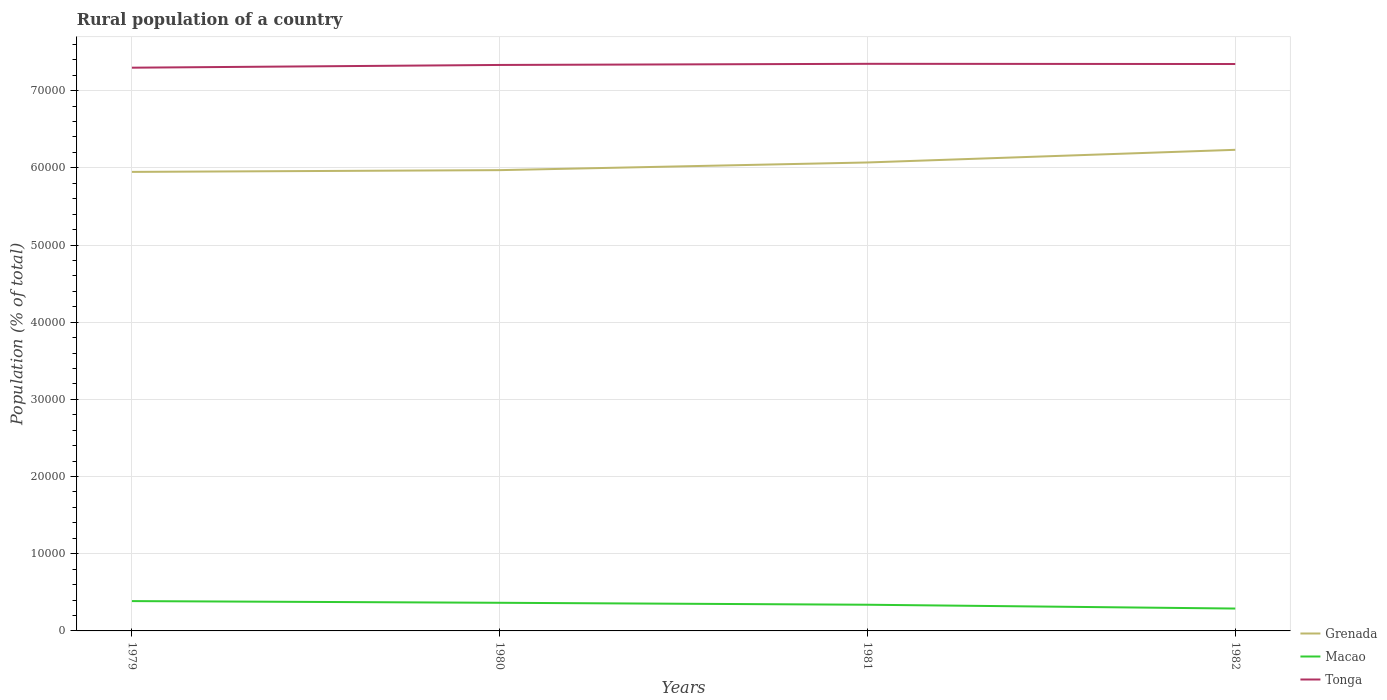
| Years | Grenada | Macao | Tonga |
 | --- | --- | --- | --- |
 | 1979 | 5.95e+04 | 3.86e+03 | 7.3e+04 |
 | 1980 | 5.97e+04 | 3.65e+03 | 7.33e+04 |
 | 1981 | 6.07e+04 | 3.39e+03 | 7.35e+04 |
 | 1982 | 6.23e+04 | 2.9e+03 | 7.35e+04 |